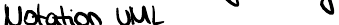
Notation UML